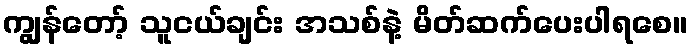
ကျွန်တော့် သူငယ်ချင်း အသစ်နဲ့ မိတ်ဆက်ပေးပါရစေ။